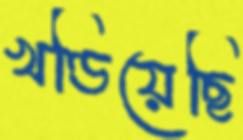
খণ্ডিয়েছি